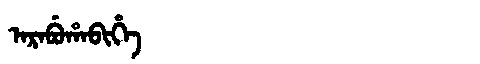
Manchu: ᠠᡵᠠᠪᡠᡥᠠᠪᡳᡥᡝ
Romanization: ARABUHABIHE